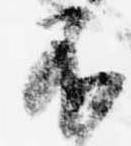
不